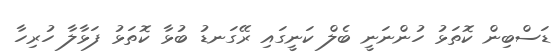
ޑަސްބިން ކޮތަޅު ހުންނަނީ ބެލް ކަނީގައި ރޭގަނޑު ބުޅާ ކޮތަޅު ފަޅާލާ ހުރިހާ